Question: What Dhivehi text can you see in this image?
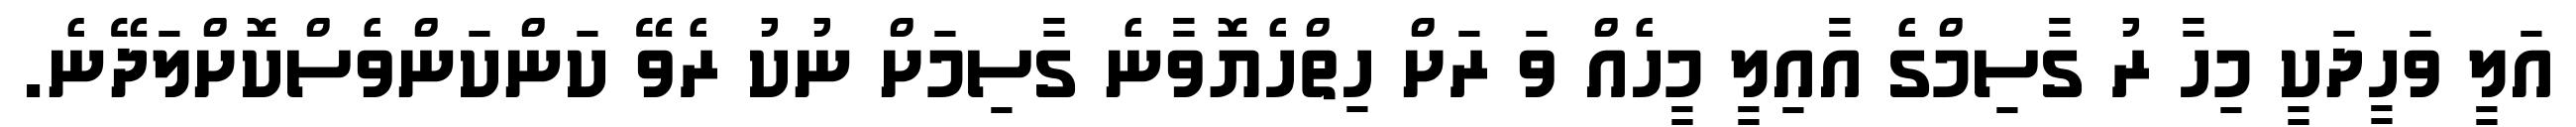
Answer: އަލީ ވަހީދަކީ މިހާ ރު ގާސިމްގެ އާއިލީ މީހެއް ވަ ރަށް ހިތްހެޔޮވާނެ ގާސިމަށް ނުކު ރެވޭ ކަންކަންވެސްކޮށްލަދޭނެ.